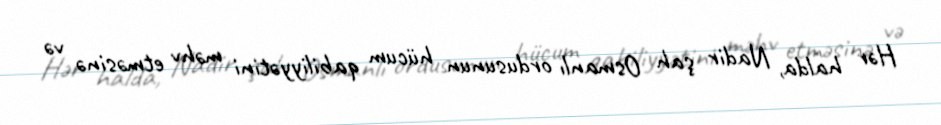
Hər halda, Nadir şah Osmanlı ordusunun hücum qabiliyyətini məhv etməsinə və